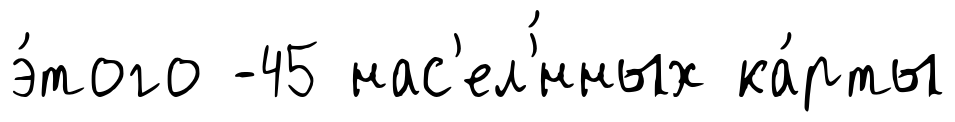
э́того -45 нас'ел'́нных ка́рты